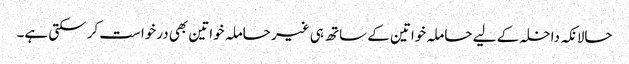
حالانکہ داخلہ کے لیے حاملہ خواتین کے ساتھ ہی غیر حاملہ خواتین بھی درخواست کر سکتی ہے۔